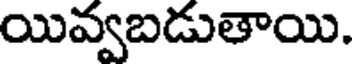
యివ్వబడుతాయి.